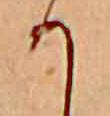
か